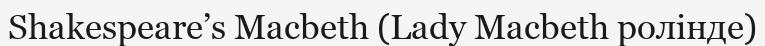
Shakespeare’s Macbeth (Lady Macbeth ролінде)